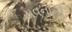
યવનોની